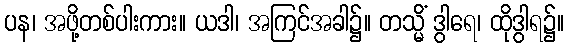
ပန၊ အဖို့တစ်ပါးကား။ ယဒါ၊ အကြင်အခါ၌။ တသ္မိံ ဒွါရေ၊ ထိုဒွါရ၌။